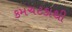
કમચટકાથી